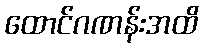
ထောင်ဂဏန်းအထိ